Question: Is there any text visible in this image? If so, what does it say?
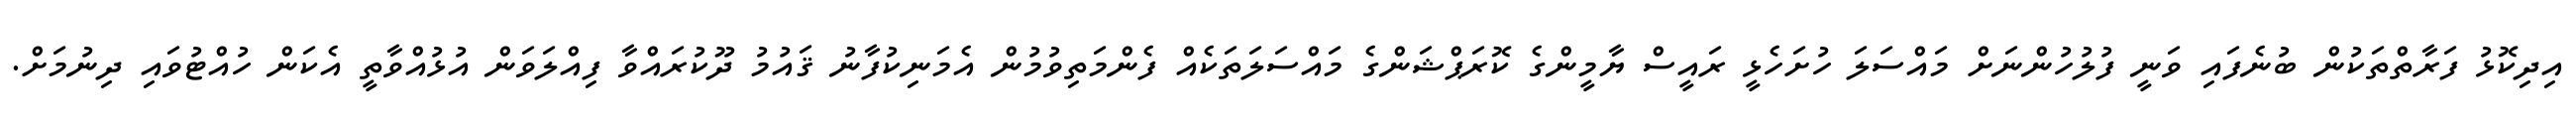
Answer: އިދިކޮޅު ފަރާތްތަކުން ބުނެފައި ވަނީ ފުލުހުންނަށް މައްސަލަ ހުށަހެޅީ ރައީސް ޔާމީންގެ ކޮރަޕްޝަންގެ މައްސަލަތަކެއް ފެންމަތިވުމުން އެމަނިކުފާނު ޤައުމު ދޫކުރައްވާ ފިއްލަވަން އުޅުއްވާތީ އެކަން ހުއްޓުވައި ދިނުމަށް.